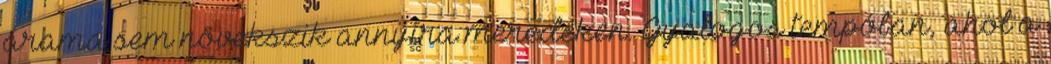
árama sem növekszik annyira meredeken. Gyalogos tempóban, ahol a